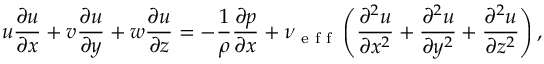
u \frac { \partial u } { \partial x } + v \frac { \partial u } { \partial y } + w \frac { \partial u } { \partial z } = - \frac { 1 } { \rho } \frac { \partial p } { \partial x } + \nu \textsubscript { e f f } \left( \frac { \partial ^ { 2 } u } { \partial x ^ { 2 } } + \frac { \partial ^ { 2 } u } { \partial y ^ { 2 } } + \frac { \partial ^ { 2 } u } { \partial z ^ { 2 } } \right) ,